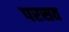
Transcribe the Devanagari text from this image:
परसत